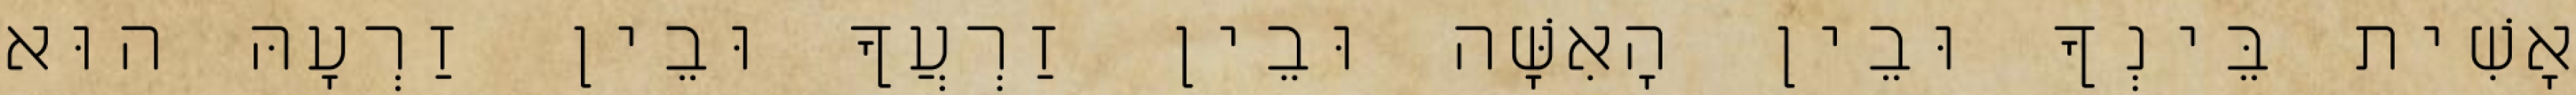
אָשִׁית בֵּינְךָ וּבֵין הָאִשָּׁה וּבֵין זַרְעֲךָ וּבֵין זַרְעָהּ הוּא